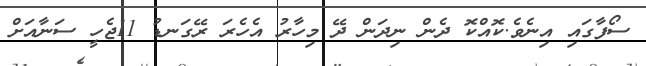
ސޯފާގައި އިނެވެ.ކޮއްކޮ ދެން ނިދަން ދޭ މިހާރު އެހެރަ ރޭގަނޑު 11ޖެހީ ސަނާއަށް